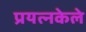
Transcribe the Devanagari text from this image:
प्रयत्‍नकेले